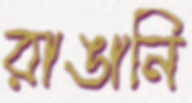
রাঙানি